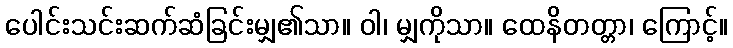
ပေါင်းသင်းဆက်ဆံခြင်းမျှ၏သာ။ ဝါ၊ မျှကိုသာ။ ထေနိတတ္တာ၊ ကြောင့်။